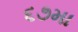
૬૭મા